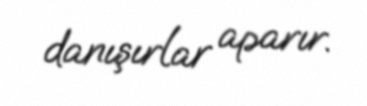
danışırlar aparır.